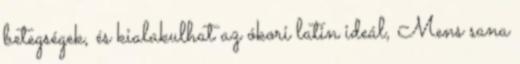
betegségek, és kialakulhat az ókori latin ideál, Mens sana